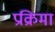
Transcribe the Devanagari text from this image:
प्रक्रिमा